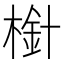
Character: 𣗒